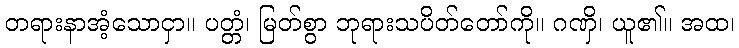
တရားနာအံ့သောငှာ။ ပတ္တံ၊ မြတ်စွာ ဘုရားသပိတ်တော်ကို။ ဂဏှိ၊ ယူ၏။ အထ၊